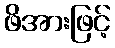
ဖိအားဖြင့်